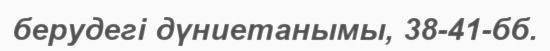
берудегі дүниетанымы, 38-41-бб.